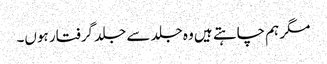
مگر ہم چاہتے ہیں وہ جلد سے جلد گرفتار ہوں۔